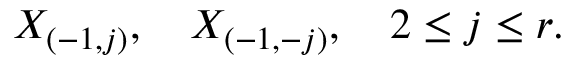
X _ { ( - 1 , j ) } , \quad X _ { ( - 1 , - j ) } , \quad 2 \leq j \leq r .